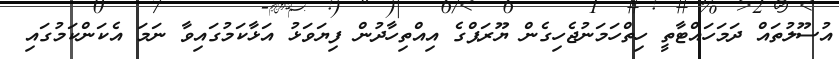
އުސޫލުތައް ދަމަހައްޓާތީ ހިތްހަމަނުޖެހިގެން ޔޫރަޕްގެ އިއްތިހާދުން ފިޔަވަޅު އަޅާކަމުގައިވާ ނަމަ އެކަންކަމުގައި